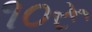
૧૦રૂ